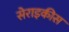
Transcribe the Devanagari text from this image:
सेराइकीस